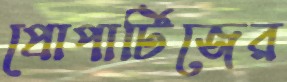
প্রোপার্টিজের